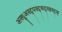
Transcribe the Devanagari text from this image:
अस्धुअस्द्पस्द्चद्स्च्नस्द्फ्